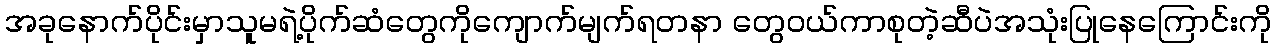
အခုနောက်ပိုင်းမှာသူမရဲ့ပိုက်ဆံတွေကိုကျောက်မျက်ရတနာ တွေဝယ်ကာစုတဲ့ဆီပဲအသုံးပြုနေကြောင်းကို